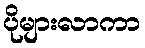
ပိုများလာကာ